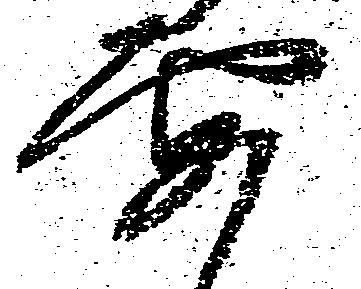
要